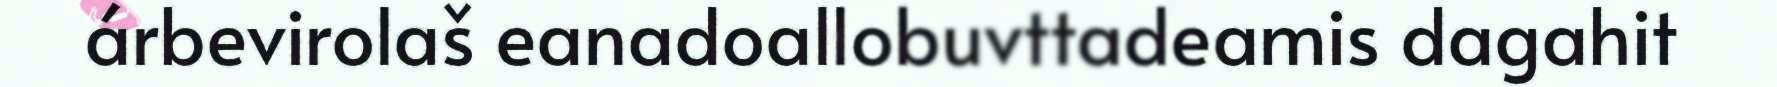
árbevirolaš eanadoallobuvttadeamis dagahit